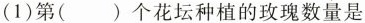
(1)第()个花坛种植的玫瑰数量是